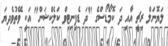
ލަޔޮނަލް ރިޗީ އާއި ދަ ކޮމޯޑޯސްގެ "ދަ ޑެފިނިޓިވް ކަލެކްޝަން" އަކީ ވޭތުވެދިޔަ